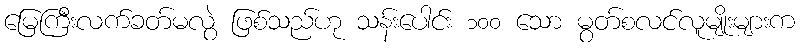
မြေကြီးလက်ခတ်မလွဲ ဖြစ်သည်ဟု သန်းပေါင်း ၁၀၀ သော မွတ်စလင်လူမျိုးများက